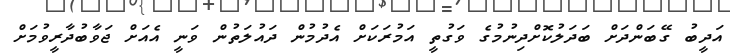
އަދީބު ގޭބަންދަށް ބަދަލުކޮށްދިނުމުގެ ވަގުތީ އަމުރަކަށް އެދުމުން ދައުލަތުން ވަނީ އެއަށް ޖަވާބުދާރީވުމަށް